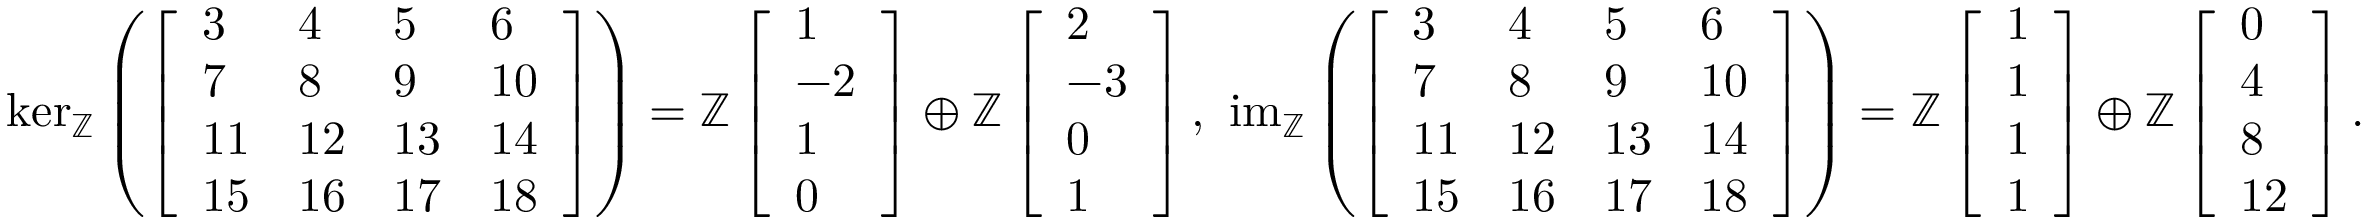
\begin{array} { r } { \ker _ { \mathbb { Z } } \left( \left[ \begin{array} { l l l l } { 3 } & { 4 } & { 5 } & { 6 } \\ { 7 } & { 8 } & { 9 } & { 1 0 } \\ { 1 1 } & { 1 2 } & { 1 3 } & { 1 4 } \\ { 1 5 } & { 1 6 } & { 1 7 } & { 1 8 } \end{array} \right] \right) = \mathbb { Z } \left[ \begin{array} { l } { 1 } \\ { - 2 } \\ { 1 } \\ { 0 } \end{array} \right] \oplus \mathbb { Z } \left[ \begin{array} { l } { 2 } \\ { - 3 } \\ { 0 } \\ { 1 } \end{array} \right] , \ \operatorname { i m } _ { \mathbb { Z } } \left( \left[ \begin{array} { l l l l } { 3 } & { 4 } & { 5 } & { 6 } \\ { 7 } & { 8 } & { 9 } & { 1 0 } \\ { 1 1 } & { 1 2 } & { 1 3 } & { 1 4 } \\ { 1 5 } & { 1 6 } & { 1 7 } & { 1 8 } \end{array} \right] \right) = \mathbb { Z } \left[ \begin{array} { l } { 1 } \\ { 1 } \\ { 1 } \\ { 1 } \end{array} \right] \oplus \mathbb { Z } \left[ \begin{array} { l } { 0 } \\ { 4 } \\ { 8 } \\ { 1 2 } \end{array} \right] . } \end{array}